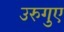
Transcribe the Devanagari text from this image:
उरुगुए